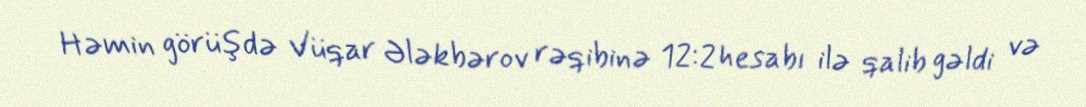
Həmin görüşdə Vüqar Ələkbərov rəqibinə 12:2 hesabı ilə qalib gəldi və